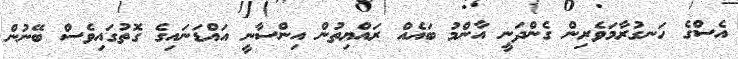
އެސްގެ ހަނގުރާމަވެރިން ގެންދަނީ އާންމު ބައެއް ރައްޔިތުން އިންސާނީ އައްޑަނައިގެ ގޮތުގައިވެސް ބޭނުން